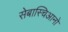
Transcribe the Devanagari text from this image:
सेबास्चिआनो